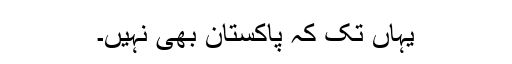
یہاں تک کہ پاکستان بھی نہیں۔